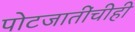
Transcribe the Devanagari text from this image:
पोटजातींचीही